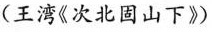
(王湾《次北固山下》)